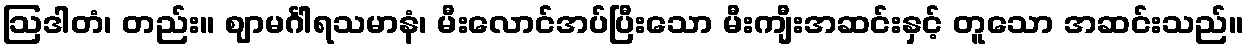
ဩဒါတံ၊ တည်း။ ဈာမင်္ဂါရသမာနံ၊ မီးလောင်အပ်ပြီးသော မီးကျီးအဆင်းနှင့် တူသော အဆင်းသည်။